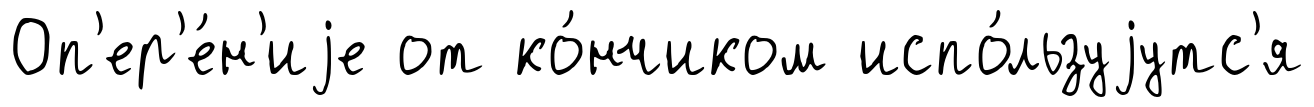
Оп'ер'е́н'иjе от ко́нчиком испо́льзуjутс'я